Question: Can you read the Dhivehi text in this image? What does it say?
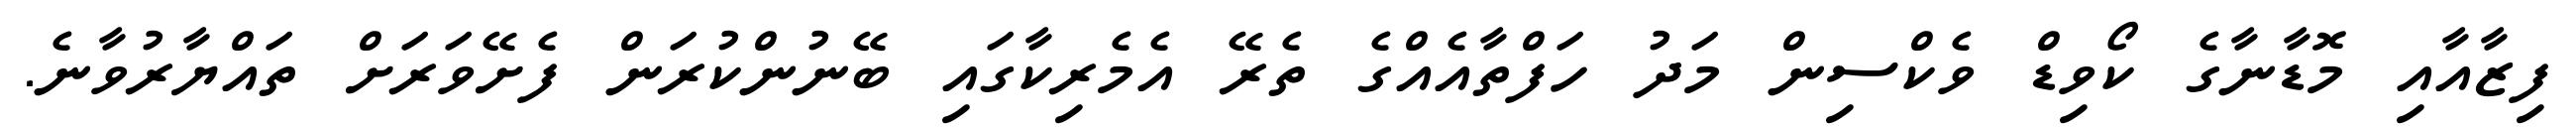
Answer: ފިޒާއާއި މޮޑާނާގެ ކޯވިޑް ވެކްސިން މަދު ހަފްތާއެއްގެ ތެރޭ އެމެރިކާގައި ބޭނުންކުރަން ފެށޭވަރަށް ތައްޔާރުވާނެ.